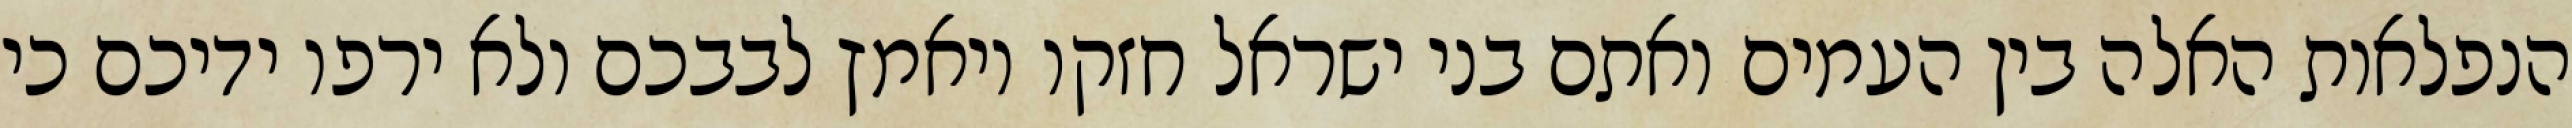
הנפלאות האלה בין העמים ואתם בני ישראל חזקו ויאמץ לבבכם ולא ירפו ידיכם כי